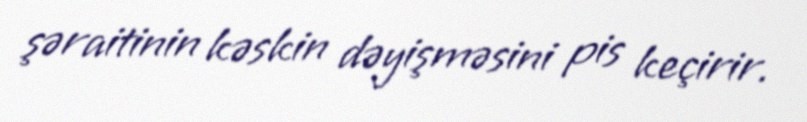
şəraitinin kəskin dəyişməsini pis keçirir.